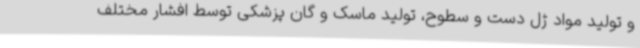
و تولید مواد ژل دست و سطوح، تولید ماسک و گان پزشکی توسط افشار مختلف